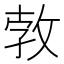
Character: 㪍